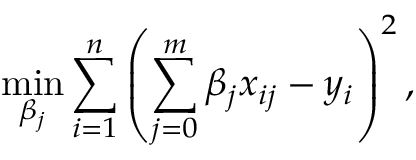
\underset { \beta _ { j } } { \operatorname* { m i n } } \sum _ { i = 1 } ^ { n } \left( \sum _ { j = 0 } ^ { m } \beta _ { j } x _ { i j } - y _ { i } \right) ^ { 2 } ,